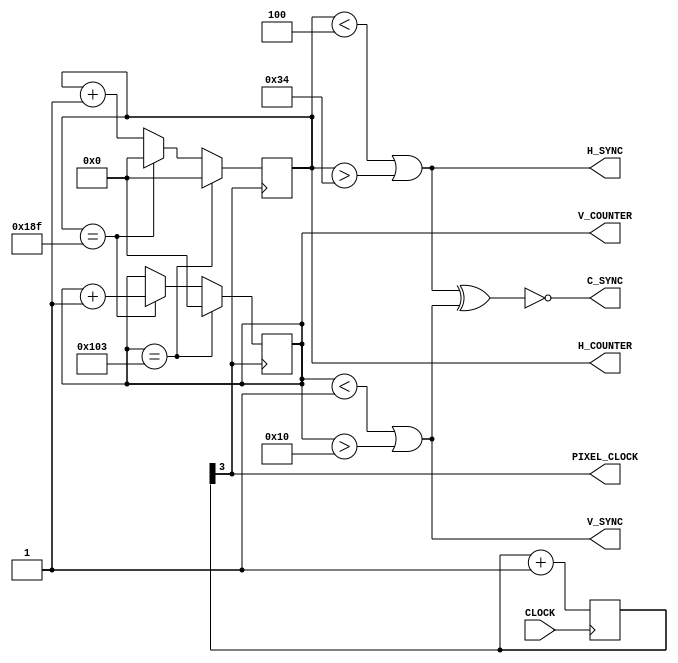
module VideoSync(
			input CLOCK,
			// Output to the DAC
			output PIXEL_CLOCK,
			output V_SYNC,
			output H_SYNC,
			output C_SYNC, // Connect to GPIO
			// Output to other logic
			output reg [8:0] H_COUNTER,
			output reg [8:0] V_COUNTER);
	
	// HSYNC PARAMETERS //
		// Visible pixel count
		parameter H_PIXELS = 320;
		// Duration
		parameter H_FP_DURATION   = 4;
		parameter H_SYNC_DURATION = 48;
		parameter H_BP_DURATION   = 28;
	
	// VSYNC PARAMETERS //
		// Visible pixel count
		parameter V_PIXELS = 240;
		// Duration
		parameter V_FP_DURATION   = 1;
		parameter V_SYNC_DURATION = 15;
		parameter V_BP_DURATION   = 4;

	// HSYNC/VSYNC HELPER PARAMETERS //
		// Edge offset
		parameter H_FP_EDGE = H_FP_DURATION;
		parameter H_SYNC_EDGE = H_FP_EDGE + H_SYNC_DURATION;
		parameter H_BP_EDGE = H_SYNC_EDGE + H_BP_DURATION;
		// Signal period
		parameter H_PERIOD = H_BP_EDGE + H_PIXELS;
		// Edge offset
		parameter V_FP_EDGE = V_FP_DURATION;
		parameter V_SYNC_EDGE = V_FP_EDGE + V_SYNC_DURATION;
		parameter V_BP_EDGE = V_SYNC_EDGE + V_BP_DURATION;
		// Signal period
		parameter V_PERIOD = V_BP_EDGE + V_PIXELS;
  
	// Pixel Clock Generator //
		reg [3:0] clock_divider = 0;
		// Divide the 100MHz clock by 16 to get a 6.25 MHz clock.
		always @(posedge CLOCK) begin
			clock_divider <= clock_divider + 1;
		end
		// Output the 4th bit of the counter to the Pixel Clock.
		assign PIXEL_CLOCK = clock_divider[3];
	// End Pixel Clock Generator //
	
	// Scan Location Tracker //
		always @(posedge PIXEL_CLOCK) begin
			H_COUNTER <= H_COUNTER + 1;
			if(H_COUNTER == H_PERIOD - 1) begin
				H_COUNTER <= 0;
				V_COUNTER <= V_COUNTER + 1;
			end
			if(V_COUNTER == V_PERIOD - 1) begin
				// TODO: Make sure that the edges of the signals properly line up.
				V_COUNTER <= 0;
				H_COUNTER <= 0;
			end
		end
	// End Scan Location Tracker //
	
	// Output synchronization signals
	assign V_SYNC = (V_COUNTER < V_FP_EDGE || V_COUNTER > V_SYNC_EDGE);
	assign H_SYNC = (H_COUNTER < H_FP_EDGE || H_COUNTER > H_SYNC_EDGE);
	assign C_SYNC = !(H_SYNC ^ V_SYNC);
endmodule